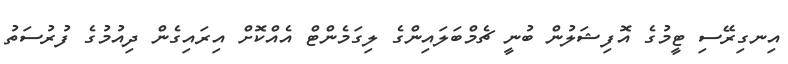
އިނގިރޭސި ޓީމުގެ އޮފިޝަލުން ބުނީ ޗެމްބަލައިންގެ ލިގަމެންޓް އެއްކޮށް އިރައިގެން ދިއުމުގެ ފުރުސަތު